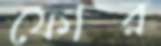
ফোর